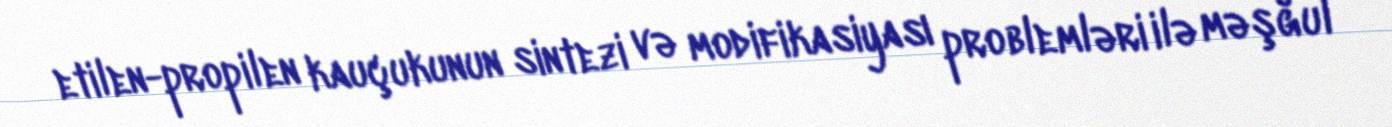
etilen-propilen kauçukunun sintezi və modifikasiyası problemləri ilə məşğul